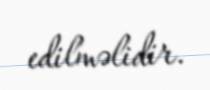
edilməlidir.